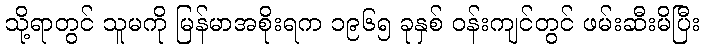
သို့ရာတွင် သူမကို မြန်မာအစိုးရက ၁၉၆၅ ခုနှစ် ဝန်းကျင်တွင် ဖမ်းဆီးမိပြီး